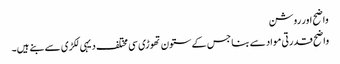
واضح اور روشن
واضح قدرتی مواد سے بنا جس کے ستون تھوڑی سی مختلف دیہی لکڑی سے بنے ہیں۔